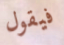
فيقول